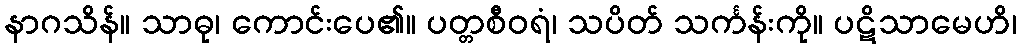
နာဂသိန်။ သာဓု၊ ကောင်းပေ၏။ ပတ္တစီဝရံ၊ သပိတ် သင်္ကန်းကို။ ပဋိသာမေဟိ၊